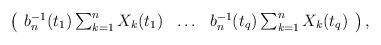
LaTeX: \begin{align*}\left(\begin{array}{ccc}b_n^{-1}(t_1)\sum_{k=1}^nX_k(t_1) & \ldots & b_n^{-1}(t_q)\sum_{k=1}^nX_k(t_q)\end{array}\right),\end{align*}